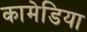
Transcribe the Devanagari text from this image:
कामेडिया